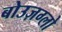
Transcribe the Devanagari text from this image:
बोउज़ग्लो